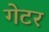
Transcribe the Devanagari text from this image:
गेटर